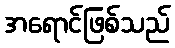
အရောင်ဖြစ်သည်